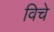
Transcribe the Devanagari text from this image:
विचे